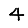
Digit: 4